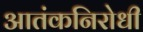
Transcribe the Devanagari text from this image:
आतंकनिरोधी